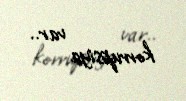
korrupsiya var..